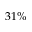
3 1 \%